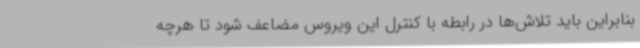
بنابراین باید تلاش‌ها در رابطه با کنترل این ویروس مضاعف شود تا هرچه